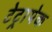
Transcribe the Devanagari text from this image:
टेट्रापेक